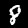
Label: 8